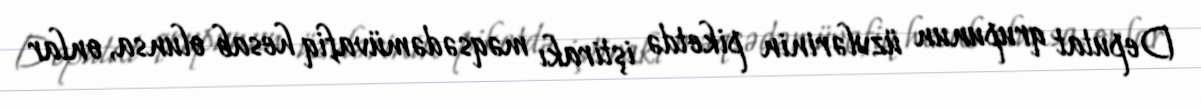
Deputat qrupunun üzvlərinin piketdə iştirakı məqsədəmüvafiq hesab olunsa, onlar